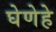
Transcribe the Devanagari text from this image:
घेणेहे